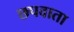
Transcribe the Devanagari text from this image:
छपवाता